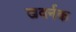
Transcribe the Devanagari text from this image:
खवर्नक